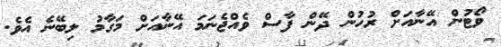
ވޯޓުން އޭނާއަށް ރުހުން ދޭން ފާސް ވެއްޖެނަަމަ އޭނާއަށް މަގާމު ލިބޭނެ އެވެ.